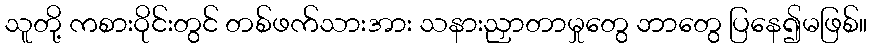
သူတို့ ကစားဝိုင်းတွင် တစ်ဖက်သားအား သနားညှာတာမှုတွေ ဘာတွေ ပြနေ၍မဖြစ်။